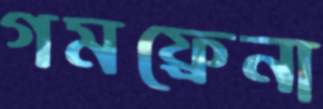
গমফ্রেনা